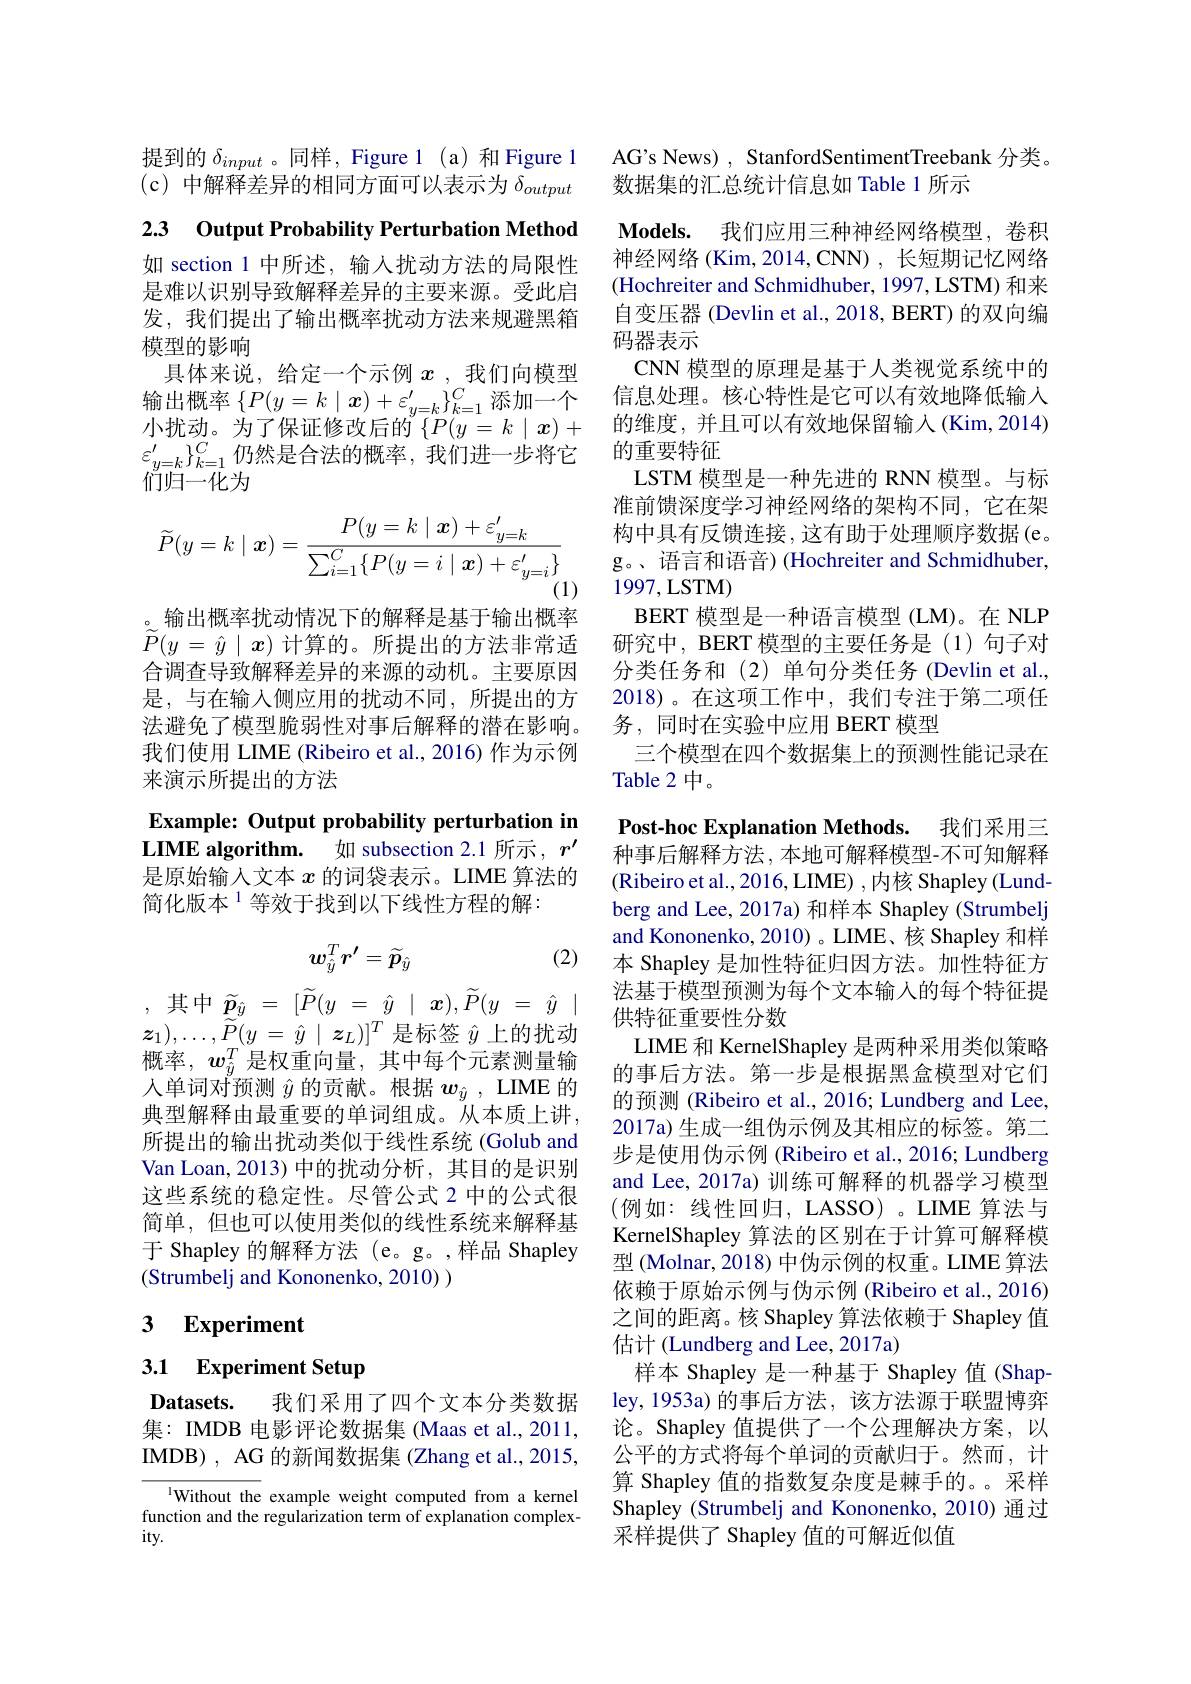
提到的$\delta_{input}$ 。同样，Figure 1 (a)和 Figure 1 (c)中解释差异的相同方面可以表示为$\delta_{output}$

2.3 Output Probability Perturbation Method

如 section 1 中所述，输人扰动方法的局限性是难以识别导致解释差异的主要来源。受此启发，我们提出了输出概率扰动方法来规避黑箱模型的影响
具体来说，给定一个示例$x$ ,我们向模型输出概率$\{P(y=k\mid\boldsymbol{x})+\varepsilon_{y=k}^{\prime}\}_{k=1}^C$添加一个小扰动。为了保证修改后的$\left\{P(y=k\mid\boldsymbol{x})+\right.$ $\varepsilon_{y=k}^{\prime}\}_{k=1}^{C}$仍然是合法的概率，我们进一步将它们归一化为
$$\widetilde{P}(y=k\mid\boldsymbol{x})=\frac{P(y=k\mid\boldsymbol{x})+\varepsilon_{y=k}^{\prime}}{\sum_{i=1}^{C}\{P(y=i\mid\boldsymbol{x})+\varepsilon_{y=i}^{\prime}\}}$$
。输出概率扰动情况下的解释是基于输出概率$\widetilde{P} ( y$ = $\hat{y}$ | $x)$ 计算的。所提出的方法非常适合调查导致解释差异的来源的动机。主要原因是，与在输入侧应用的扰动不同，所提出的方法避免了模型脆弱性对事后解释的潜在影响。我们使用 LIME (Ribeiro et al., 2016) 作为示例来演示所提出的方法

Example: Output probability perturbation in LIME algorithm. 如 subsection 2.1 所示$,r^{\prime}$ 是原始输人文本$x$的词袋表示。LIME 算法的简化版本$^{1}$等效于找到以下线性方程的解：
$$w_{\hat{y}}^Tr^{\prime}=\widetilde{p}_{\hat{y}}$$
(2)

,其中$\widetilde{p} _{\hat{y} }= [ \widetilde{P} ( y$ = $\underline {y}$ | $x) , \widetilde{P} ( y$ = $\hat{y}$ | $\boldsymbol{z}_{1}) , \ldots , \widetilde{P} ( y$ = $\hat{y}$ | $\boldsymbol{z}_{L}) ] ^{T}$是标签$\hat{y}$上的扰动概率，$w_{\hat{y}}^T$是权重向量，其中每个元素测量输人单词对预测$\hat{y}$的贡献。根据$w_{\hat{y}}$, LIME 的典型解释由最重要的单词组成。从本质上讲， 所提出的输出扰动类似于线性系统(Golub and Van Loan, 2013) 中的扰动分析，其目的是识别这些系统的稳定性。尽管公式 2 中的公式很简单，但也可以使用类似的线性系统来解释基于 Shapley 的解释方法 (e。g。,样品 Shapley (Strumbelj and Kononenko, 2010) )

# 3 Experiment

## 3.1 Experiment Setup

$\textbf{Datasets. }$ 我们采用了四个文本分类数据集：IMDB 电影评论数据集 (Maas et al., 2011, IMDB) , AG 的新闻数据集 (Zhang et al., 2015,

$^{1}$Without the example weight computed from a kernel function and the regularization term of explanation complex- $ity.$

AG's News) , StanfordSentimentTreebank 分类。
数据集的汇总统计信息如 Table 1 所示

$\textbf{Models. }$ 我们应用三种神经网络模型，卷积神经网络 (Kim, 2014, CNN) , 长短期记忆网络(Hochreiter and Schmidhuber, 1997,LSTM) 和来自变压器 (Devlin et al., 2018, BERT) 的双向编码器表示
CNN 模型的原理是基于人类视觉系统中的信息处理。核心特性是它可以有效地降低输人的维度，并且可以有效地保留输入(Kim,2014) 的重要特征
LSTM 模型是一种先进的 RNN 模型。与标准前馈深度学习神经网络的架构不同，它在架构中具有反馈连接，这有助于处理顺序数据(e。g。、语言和语音) (Hochreiter and Schmidhuber, 1997,LSTM)
BERT 模型是一种语言模型 (LM)。在 NLP 研究中，BERT 模型的主要任务是(1)句子对分类任务和(2)单句分类任务 (Devlin et al. 2018)。在这项工作中，我们专注于第二项任务，同时在实验中应用 BERT 模型
三个模型在四个数据集上的预测性能记录在
Table 2 中。

Post-hoc Explanation Methods. 我们采用三种事后解释方法，本地可解释模型-不可知解释(Ribeiro et al., 2016, LIME) , 内核 Shapley (Lundberg and Lee, 2017a) 和样本 Shapley (Strumbelj and Kononenko, 2010) 。LIME、核 Shapley 和样本 Shapley 是加性特征归因方法。加性特征方法基于模型预测为每个文本输入的每个特征提供特征重要性分数
LIME 和 KernelShapley 是两种采用类似策略的事后方法。第一步是根据黑盒模型对它们的预测 (Ribeiro et al., 2016; Lundberg and Lee, 2017a) 生成一组伪示例及其相应的标签。第二步是使用伪示例 (Ribeiro et al., 2016; Lundberg and Lee, 2017a) 训练可解释的机器学习模型(例如：线性回归，LASSO)。LIME 算法与KernelShapley 算法的区别在于计算可解释模型 (Molnar, 2018) 中伪示例的权重。LIME 算法依赖于原始示例与伪示例 (Ribeiro et al., 2016) 之间的距离。核 Shapley 算法依赖于 Shapley 值估计 (Lundberg and Lee, 2017a)
样本 Shapley 是一种基于 Shapley 值(Shapley,1953a) 的事后方法，该方法源于联盟博弈论。Shapley 值提供了一个公理解决方案，以公平的方式将每个单词的贡献归于。然而，计算 Shapley 值的指数复杂度是棘手的。。采样Shapley (Strumbelj and Kononenko, 2010) 通过采样提供了 Shapley 值的可解近似值